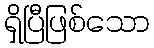
ရှိပြီဖြစ်သော